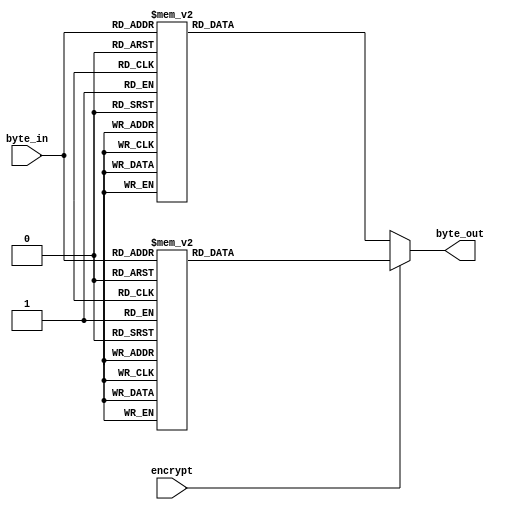
//////////////////////////////////////////////////////////////////////////////////
//
// Author:
// 
// Module Name: sbox_full_lut
// Project Name: aes_sboxes
// Description: MUX implementation of the AES S-box.
// 
// Dependencies: None.
// 
// Additional Comments: None.
// 
//////////////////////////////////////////////////////////////////////////////////

module sbox_full_lut (
        input   wire            encrypt,
        input   wire    [7:0]   byte_in,
        output  reg     [7:0]   byte_out
    );

    //----------------------------------------------------------------
    // Procedural assignments
    //----------------------------------------------------------------
    always @(byte_in) begin
        if (encrypt) begin // S-box
            case(byte_in)
                8'h00 : byte_out <=  8'h63;
                8'h01 : byte_out <=  8'h7c;
                8'h02 : byte_out <=  8'h77;
                8'h03 : byte_out <=  8'h7b;
                8'h04 : byte_out <=  8'hf2;
                8'h05 : byte_out <=  8'h6b;
                8'h06 : byte_out <=  8'h6f;
                8'h07 : byte_out <=  8'hc5;
                8'h08 : byte_out <=  8'h30;
                8'h09 : byte_out <=  8'h01;
                8'h0a : byte_out <=  8'h67;
                8'h0b : byte_out <=  8'h2b;
                8'h0c : byte_out <=  8'hfe;
                8'h0d : byte_out <=  8'hd7;
                8'h0e : byte_out <=  8'hab;
                8'h0f : byte_out <=  8'h76;
                8'h10 : byte_out <=  8'hca;
                8'h11 : byte_out <=  8'h82;
                8'h12 : byte_out <=  8'hc9;
                8'h13 : byte_out <=  8'h7d;
                8'h14 : byte_out <=  8'hfa;
                8'h15 : byte_out <=  8'h59;
                8'h16 : byte_out <=  8'h47;
                8'h17 : byte_out <=  8'hf0;
                8'h18 : byte_out <=  8'had;
                8'h19 : byte_out <=  8'hd4;
                8'h1a : byte_out <=  8'ha2;
                8'h1b : byte_out <=  8'haf;
                8'h1c : byte_out <=  8'h9c;
                8'h1d : byte_out <=  8'ha4;
                8'h1e : byte_out <=  8'h72;
                8'h1f : byte_out <=  8'hc0;
                8'h20 : byte_out <=  8'hb7;
                8'h21 : byte_out <=  8'hfd;
                8'h22 : byte_out <=  8'h93;
                8'h23 : byte_out <=  8'h26;
                8'h24 : byte_out <=  8'h36;
                8'h25 : byte_out <=  8'h3f;
                8'h26 : byte_out <=  8'hf7;
                8'h27 : byte_out <=  8'hcc;
                8'h28 : byte_out <=  8'h34;
                8'h29 : byte_out <=  8'ha5;
                8'h2a : byte_out <=  8'he5;
                8'h2b : byte_out <=  8'hf1;
                8'h2c : byte_out <=  8'h71;
                8'h2d : byte_out <=  8'hd8;
                8'h2e : byte_out <=  8'h31;
                8'h2f : byte_out <=  8'h15;
                8'h30 : byte_out <=  8'h04;
                8'h31 : byte_out <=  8'hc7;
                8'h32 : byte_out <=  8'h23;
                8'h33 : byte_out <=  8'hc3;
                8'h34 : byte_out <=  8'h18;
                8'h35 : byte_out <=  8'h96;
                8'h36 : byte_out <=  8'h05;
                8'h37 : byte_out <=  8'h9a;
                8'h38 : byte_out <=  8'h07;
                8'h39 : byte_out <=  8'h12;
                8'h3a : byte_out <=  8'h80;
                8'h3b : byte_out <=  8'he2;
                8'h3c : byte_out <=  8'heb;
                8'h3d : byte_out <=  8'h27;
                8'h3e : byte_out <=  8'hb2;
                8'h3f : byte_out <=  8'h75;
                8'h40 : byte_out <=  8'h09;
                8'h41 : byte_out <=  8'h83;
                8'h42 : byte_out <=  8'h2c;
                8'h43 : byte_out <=  8'h1a;
                8'h44 : byte_out <=  8'h1b;
                8'h45 : byte_out <=  8'h6e;
                8'h46 : byte_out <=  8'h5a;
                8'h47 : byte_out <=  8'ha0;
                8'h48 : byte_out <=  8'h52;
                8'h49 : byte_out <=  8'h3b;
                8'h4a : byte_out <=  8'hd6;
                8'h4b : byte_out <=  8'hb3;
                8'h4c : byte_out <=  8'h29;
                8'h4d : byte_out <=  8'he3;
                8'h4e : byte_out <=  8'h2f;
                8'h4f : byte_out <=  8'h84;
                8'h50 : byte_out <=  8'h53;
                8'h51 : byte_out <=  8'hd1;
                8'h52 : byte_out <=  8'h00;
                8'h53 : byte_out <=  8'hed;
                8'h54 : byte_out <=  8'h20;
                8'h55 : byte_out <=  8'hfc;
                8'h56 : byte_out <=  8'hb1;
                8'h57 : byte_out <=  8'h5b;
                8'h58 : byte_out <=  8'h6a;
                8'h59 : byte_out <=  8'hcb;
                8'h5a : byte_out <=  8'hbe;
                8'h5b : byte_out <=  8'h39;
                8'h5c : byte_out <=  8'h4a;
                8'h5d : byte_out <=  8'h4c;
                8'h5e : byte_out <=  8'h58;
                8'h5f : byte_out <=  8'hcf;
                8'h60 : byte_out <=  8'hd0;
                8'h61 : byte_out <=  8'hef;
                8'h62 : byte_out <=  8'haa;
                8'h63 : byte_out <=  8'hfb;
                8'h64 : byte_out <=  8'h43;
                8'h65 : byte_out <=  8'h4d;
                8'h66 : byte_out <=  8'h33;
                8'h67 : byte_out <=  8'h85;
                8'h68 : byte_out <=  8'h45;
                8'h69 : byte_out <=  8'hf9;
                8'h6a : byte_out <=  8'h02;
                8'h6b : byte_out <=  8'h7f;
                8'h6c : byte_out <=  8'h50;
                8'h6d : byte_out <=  8'h3c;
                8'h6e : byte_out <=  8'h9f;
                8'h6f : byte_out <=  8'ha8;
                8'h70 : byte_out <=  8'h51;
                8'h71 : byte_out <=  8'ha3;
                8'h72 : byte_out <=  8'h40;
                8'h73 : byte_out <=  8'h8f;
                8'h74 : byte_out <=  8'h92;
                8'h75 : byte_out <=  8'h9d;
                8'h76 : byte_out <=  8'h38;
                8'h77 : byte_out <=  8'hf5;
                8'h78 : byte_out <=  8'hbc;
                8'h79 : byte_out <=  8'hb6;
                8'h7a : byte_out <=  8'hda;
                8'h7b : byte_out <=  8'h21;
                8'h7c : byte_out <=  8'h10;
                8'h7d : byte_out <=  8'hff;
                8'h7e : byte_out <=  8'hf3;
                8'h7f : byte_out <=  8'hd2;
                8'h80 : byte_out <=  8'hcd;
                8'h81 : byte_out <=  8'h0c;
                8'h82 : byte_out <=  8'h13;
                8'h83 : byte_out <=  8'hec;
                8'h84 : byte_out <=  8'h5f;
                8'h85 : byte_out <=  8'h97;
                8'h86 : byte_out <=  8'h44;
                8'h87 : byte_out <=  8'h17;
                8'h88 : byte_out <=  8'hc4;
                8'h89 : byte_out <=  8'ha7;
                8'h8a : byte_out <=  8'h7e;
                8'h8b : byte_out <=  8'h3d;
                8'h8c : byte_out <=  8'h64;
                8'h8d : byte_out <=  8'h5d;
                8'h8e : byte_out <=  8'h19;
                8'h8f : byte_out <=  8'h73;
                8'h90 : byte_out <=  8'h60;
                8'h91 : byte_out <=  8'h81;
                8'h92 : byte_out <=  8'h4f;
                8'h93 : byte_out <=  8'hdc;
                8'h94 : byte_out <=  8'h22;
                8'h95 : byte_out <=  8'h2a;
                8'h96 : byte_out <=  8'h90;
                8'h97 : byte_out <=  8'h88;
                8'h98 : byte_out <=  8'h46;
                8'h99 : byte_out <=  8'hee;
                8'h9a : byte_out <=  8'hb8;
                8'h9b : byte_out <=  8'h14;
                8'h9c : byte_out <=  8'hde;
                8'h9d : byte_out <=  8'h5e;
                8'h9e : byte_out <=  8'h0b;
                8'h9f : byte_out <=  8'hdb;
                8'ha0 : byte_out <=  8'he0;
                8'ha1 : byte_out <=  8'h32;
                8'ha2 : byte_out <=  8'h3a;
                8'ha3 : byte_out <=  8'h0a;
                8'ha4 : byte_out <=  8'h49;
                8'ha5 : byte_out <=  8'h06;
                8'ha6 : byte_out <=  8'h24;
                8'ha7 : byte_out <=  8'h5c;
                8'ha8 : byte_out <=  8'hc2;
                8'ha9 : byte_out <=  8'hd3;
                8'haa : byte_out <=  8'hac;
                8'hab : byte_out <=  8'h62;
                8'hac : byte_out <=  8'h91;
                8'had : byte_out <=  8'h95;
                8'hae : byte_out <=  8'he4;
                8'haf : byte_out <=  8'h79;
                8'hb0 : byte_out <=  8'he7;
                8'hb1 : byte_out <=  8'hc8;
                8'hb2 : byte_out <=  8'h37;
                8'hb3 : byte_out <=  8'h6d;
                8'hb4 : byte_out <=  8'h8d;
                8'hb5 : byte_out <=  8'hd5;
                8'hb6 : byte_out <=  8'h4e;
                8'hb7 : byte_out <=  8'ha9;
                8'hb8 : byte_out <=  8'h6c;
                8'hb9 : byte_out <=  8'h56;
                8'hba : byte_out <=  8'hf4;
                8'hbb : byte_out <=  8'hea;
                8'hbc : byte_out <=  8'h65;
                8'hbd : byte_out <=  8'h7a;
                8'hbe : byte_out <=  8'hae;
                8'hbf : byte_out <=  8'h08;
                8'hc0 : byte_out <=  8'hba;
                8'hc1 : byte_out <=  8'h78;
                8'hc2 : byte_out <=  8'h25;
                8'hc3 : byte_out <=  8'h2e;
                8'hc4 : byte_out <=  8'h1c;
                8'hc5 : byte_out <=  8'ha6;
                8'hc6 : byte_out <=  8'hb4;
                8'hc7 : byte_out <=  8'hc6;
                8'hc8 : byte_out <=  8'he8;
                8'hc9 : byte_out <=  8'hdd;
                8'hca : byte_out <=  8'h74;
                8'hcb : byte_out <=  8'h1f;
                8'hcc : byte_out <=  8'h4b;
                8'hcd : byte_out <=  8'hbd;
                8'hce : byte_out <=  8'h8b;
                8'hcf : byte_out <=  8'h8a;
                8'hd0 : byte_out <=  8'h70;
                8'hd1 : byte_out <=  8'h3e;
                8'hd2 : byte_out <=  8'hb5;
                8'hd3 : byte_out <=  8'h66;
                8'hd4 : byte_out <=  8'h48;
                8'hd5 : byte_out <=  8'h03;
                8'hd6 : byte_out <=  8'hf6;
                8'hd7 : byte_out <=  8'h0e;
                8'hd8 : byte_out <=  8'h61;
                8'hd9 : byte_out <=  8'h35;
                8'hda : byte_out <=  8'h57;
                8'hdb : byte_out <=  8'hb9;
                8'hdc : byte_out <=  8'h86;
                8'hdd : byte_out <=  8'hc1;
                8'hde : byte_out <=  8'h1d;
                8'hdf : byte_out <=  8'h9e;
                8'he0 : byte_out <=  8'he1;
                8'he1 : byte_out <=  8'hf8;
                8'he2 : byte_out <=  8'h98;
                8'he3 : byte_out <=  8'h11;
                8'he4 : byte_out <=  8'h69;
                8'he5 : byte_out <=  8'hd9;
                8'he6 : byte_out <=  8'h8e;
                8'he7 : byte_out <=  8'h94;
                8'he8 : byte_out <=  8'h9b;
                8'he9 : byte_out <=  8'h1e;
                8'hea : byte_out <=  8'h87;
                8'heb : byte_out <=  8'he9;
                8'hec : byte_out <=  8'hce;
                8'hed : byte_out <=  8'h55;
                8'hee : byte_out <=  8'h28;
                8'hef : byte_out <=  8'hdf;
                8'hf0 : byte_out <=  8'h8c;
                8'hf1 : byte_out <=  8'ha1;
                8'hf2 : byte_out <=  8'h89;
                8'hf3 : byte_out <=  8'h0d;
                8'hf4 : byte_out <=  8'hbf;
                8'hf5 : byte_out <=  8'he6;
                8'hf6 : byte_out <=  8'h42;
                8'hf7 : byte_out <=  8'h68;
                8'hf8 : byte_out <=  8'h41;
                8'hf9 : byte_out <=  8'h99;
                8'hfa : byte_out <=  8'h2d;
                8'hfb : byte_out <=  8'h0f;
                8'hfc : byte_out <=  8'hb0;
                8'hfd : byte_out <=  8'h54;
                8'hfe : byte_out <=  8'hbb;
                8'hff : byte_out <=  8'h16;
                default: byte_out <=  0;
            endcase
        end
        else begin
            case(byte_in) // InvS-box
                8'h00 : byte_out <=  8'h52;
                8'h01 : byte_out <=  8'h09;
                8'h02 : byte_out <=  8'h6a;
                8'h03 : byte_out <=  8'hd5;
                8'h04 : byte_out <=  8'h30;
                8'h05 : byte_out <=  8'h36;
                8'h06 : byte_out <=  8'ha5;
                8'h07 : byte_out <=  8'h38;
                8'h08 : byte_out <=  8'hbf;
                8'h09 : byte_out <=  8'h40;
                8'h0a : byte_out <=  8'ha3;
                8'h0b : byte_out <=  8'h9e;
                8'h0c : byte_out <=  8'h81;
                8'h0d : byte_out <=  8'hf3;
                8'h0e : byte_out <=  8'hd7;
                8'h0f : byte_out <=  8'hfb;
                8'h10 : byte_out <=  8'h7c;
                8'h11 : byte_out <=  8'he3;
                8'h12 : byte_out <=  8'h39;
                8'h13 : byte_out <=  8'h82;
                8'h14 : byte_out <=  8'h9b;
                8'h15 : byte_out <=  8'h2f;
                8'h16 : byte_out <=  8'hff;
                8'h17 : byte_out <=  8'h87;
                8'h18 : byte_out <=  8'h34;
                8'h19 : byte_out <=  8'h8e;
                8'h1a : byte_out <=  8'h43;
                8'h1b : byte_out <=  8'h44;
                8'h1c : byte_out <=  8'hc4;
                8'h1d : byte_out <=  8'hde;
                8'h1e : byte_out <=  8'he9;
                8'h1f : byte_out <=  8'hcb;
                8'h20 : byte_out <=  8'h54;
                8'h21 : byte_out <=  8'h7b;
                8'h22 : byte_out <=  8'h94;
                8'h23 : byte_out <=  8'h32;
                8'h24 : byte_out <=  8'ha6;
                8'h25 : byte_out <=  8'hc2;
                8'h26 : byte_out <=  8'h23;
                8'h27 : byte_out <=  8'h3d;
                8'h28 : byte_out <=  8'hee;
                8'h29 : byte_out <=  8'h4c;
                8'h2a : byte_out <=  8'h95;
                8'h2b : byte_out <=  8'h0b;
                8'h2c : byte_out <=  8'h42;
                8'h2d : byte_out <=  8'hfa;
                8'h2e : byte_out <=  8'hc3;
                8'h2f : byte_out <=  8'h4e;
                8'h30 : byte_out <=  8'h08;
                8'h31 : byte_out <=  8'h2e;
                8'h32 : byte_out <=  8'ha1;
                8'h33 : byte_out <=  8'h66;
                8'h34 : byte_out <=  8'h28;
                8'h35 : byte_out <=  8'hd9;
                8'h36 : byte_out <=  8'h24;
                8'h37 : byte_out <=  8'hb2;
                8'h38 : byte_out <=  8'h76;
                8'h39 : byte_out <=  8'h5b;
                8'h3a : byte_out <=  8'ha2;
                8'h3b : byte_out <=  8'h49;
                8'h3c : byte_out <=  8'h6d;
                8'h3d : byte_out <=  8'h8b;
                8'h3e : byte_out <=  8'hd1;
                8'h3f : byte_out <=  8'h25;
                8'h40 : byte_out <=  8'h72;
                8'h41 : byte_out <=  8'hf8;
                8'h42 : byte_out <=  8'hf6;
                8'h43 : byte_out <=  8'h64;
                8'h44 : byte_out <=  8'h86;
                8'h45 : byte_out <=  8'h68;
                8'h46 : byte_out <=  8'h98;
                8'h47 : byte_out <=  8'h16;
                8'h48 : byte_out <=  8'hd4;
                8'h49 : byte_out <=  8'ha4;
                8'h4a : byte_out <=  8'h5c;
                8'h4b : byte_out <=  8'hcc;
                8'h4c : byte_out <=  8'h5d;
                8'h4d : byte_out <=  8'h65;
                8'h4e : byte_out <=  8'hb6;
                8'h4f : byte_out <=  8'h92;
                8'h50 : byte_out <=  8'h6c;
                8'h51 : byte_out <=  8'h70;
                8'h52 : byte_out <=  8'h48;
                8'h53 : byte_out <=  8'h50;
                8'h54 : byte_out <=  8'hfd;
                8'h55 : byte_out <=  8'hed;
                8'h56 : byte_out <=  8'hb9;
                8'h57 : byte_out <=  8'hda;
                8'h58 : byte_out <=  8'h5e;
                8'h59 : byte_out <=  8'h15;
                8'h5a : byte_out <=  8'h46;
                8'h5b : byte_out <=  8'h57;
                8'h5c : byte_out <=  8'ha7;
                8'h5d : byte_out <=  8'h8d;
                8'h5e : byte_out <=  8'h9d;
                8'h5f : byte_out <=  8'h84;
                8'h60 : byte_out <=  8'h90;
                8'h61 : byte_out <=  8'hd8;
                8'h62 : byte_out <=  8'hab;
                8'h63 : byte_out <=  8'h00;
                8'h64 : byte_out <=  8'h8c;
                8'h65 : byte_out <=  8'hbc;
                8'h66 : byte_out <=  8'hd3;
                8'h67 : byte_out <=  8'h0a;
                8'h68 : byte_out <=  8'hf7;
                8'h69 : byte_out <=  8'he4;
                8'h6a : byte_out <=  8'h58;
                8'h6b : byte_out <=  8'h05;
                8'h6c : byte_out <=  8'hb8;
                8'h6d : byte_out <=  8'hb3;
                8'h6e : byte_out <=  8'h45;
                8'h6f : byte_out <=  8'h06;
                8'h70 : byte_out <=  8'hd0;
                8'h71 : byte_out <=  8'h2c;
                8'h72 : byte_out <=  8'h1e;
                8'h73 : byte_out <=  8'h8f;
                8'h74 : byte_out <=  8'hca;
                8'h75 : byte_out <=  8'h3f;
                8'h76 : byte_out <=  8'h0f;
                8'h77 : byte_out <=  8'h02;
                8'h78 : byte_out <=  8'hc1;
                8'h79 : byte_out <=  8'haf;
                8'h7a : byte_out <=  8'hbd;
                8'h7b : byte_out <=  8'h03;
                8'h7c : byte_out <=  8'h01;
                8'h7d : byte_out <=  8'h13;
                8'h7e : byte_out <=  8'h8a;
                8'h7f : byte_out <=  8'h6b;
                8'h80 : byte_out <=  8'h3a;
                8'h81 : byte_out <=  8'h91;
                8'h82 : byte_out <=  8'h11;
                8'h83 : byte_out <=  8'h41;
                8'h84 : byte_out <=  8'h4f;
                8'h85 : byte_out <=  8'h67;
                8'h86 : byte_out <=  8'hdc;
                8'h87 : byte_out <=  8'hea;
                8'h88 : byte_out <=  8'h97;
                8'h89 : byte_out <=  8'hf2;
                8'h8a : byte_out <=  8'hcf;
                8'h8b : byte_out <=  8'hce;
                8'h8c : byte_out <=  8'hf0;
                8'h8d : byte_out <=  8'hb4;
                8'h8e : byte_out <=  8'he6;
                8'h8f : byte_out <=  8'h73;
                8'h90 : byte_out <=  8'h96;
                8'h91 : byte_out <=  8'hac;
                8'h92 : byte_out <=  8'h74;
                8'h93 : byte_out <=  8'h22;
                8'h94 : byte_out <=  8'he7;
                8'h95 : byte_out <=  8'had;
                8'h96 : byte_out <=  8'h35;
                8'h97 : byte_out <=  8'h85;
                8'h98 : byte_out <=  8'he2;
                8'h99 : byte_out <=  8'hf9;
                8'h9a : byte_out <=  8'h37;
                8'h9b : byte_out <=  8'he8;
                8'h9c : byte_out <=  8'h1c;
                8'h9d : byte_out <=  8'h75;
                8'h9e : byte_out <=  8'hdf;
                8'h9f : byte_out <=  8'h6e;
                8'ha0 : byte_out <=  8'h47;
                8'ha1 : byte_out <=  8'hf1;
                8'ha2 : byte_out <=  8'h1a;
                8'ha3 : byte_out <=  8'h71;
                8'ha4 : byte_out <=  8'h1d;
                8'ha5 : byte_out <=  8'h29;
                8'ha6 : byte_out <=  8'hc5;
                8'ha7 : byte_out <=  8'h89;
                8'ha8 : byte_out <=  8'h6f;
                8'ha9 : byte_out <=  8'hb7;
                8'haa : byte_out <=  8'h62;
                8'hab : byte_out <=  8'h0e;
                8'hac : byte_out <=  8'haa;
                8'had : byte_out <=  8'h18;
                8'hae : byte_out <=  8'hbe;
                8'haf : byte_out <=  8'h1b;
                8'hb0 : byte_out <=  8'hfc;
                8'hb1 : byte_out <=  8'h56;
                8'hb2 : byte_out <=  8'h3e;
                8'hb3 : byte_out <=  8'h4b;
                8'hb4 : byte_out <=  8'hc6;
                8'hb5 : byte_out <=  8'hd2;
                8'hb6 : byte_out <=  8'h79;
                8'hb7 : byte_out <=  8'h20;
                8'hb8 : byte_out <=  8'h9a;
                8'hb9 : byte_out <=  8'hdb;
                8'hba : byte_out <=  8'hc0;
                8'hbb : byte_out <=  8'hfe;
                8'hbc : byte_out <=  8'h78;
                8'hbd : byte_out <=  8'hcd;
                8'hbe : byte_out <=  8'h5a;
                8'hbf : byte_out <=  8'hf4;
                8'hc0 : byte_out <=  8'h1f;
                8'hc1 : byte_out <=  8'hdd;
                8'hc2 : byte_out <=  8'ha8;
                8'hc3 : byte_out <=  8'h33;
                8'hc4 : byte_out <=  8'h88;
                8'hc5 : byte_out <=  8'h07;
                8'hc6 : byte_out <=  8'hc7;
                8'hc7 : byte_out <=  8'h31;
                8'hc8 : byte_out <=  8'hb1;
                8'hc9 : byte_out <=  8'h12;
                8'hca : byte_out <=  8'h10;
                8'hcb : byte_out <=  8'h59;
                8'hcc : byte_out <=  8'h27;
                8'hcd : byte_out <=  8'h80;
                8'hce : byte_out <=  8'hec;
                8'hcf : byte_out <=  8'h5f;
                8'hd0 : byte_out <=  8'h60;
                8'hd1 : byte_out <=  8'h51;
                8'hd2 : byte_out <=  8'h7f;
                8'hd3 : byte_out <=  8'ha9;
                8'hd4 : byte_out <=  8'h19;
                8'hd5 : byte_out <=  8'hb5;
                8'hd6 : byte_out <=  8'h4a;
                8'hd7 : byte_out <=  8'h0d;
                8'hd8 : byte_out <=  8'h2d;
                8'hd9 : byte_out <=  8'he5;
                8'hda : byte_out <=  8'h7a;
                8'hdb : byte_out <=  8'h9f;
                8'hdc : byte_out <=  8'h93;
                8'hdd : byte_out <=  8'hc9;
                8'hde : byte_out <=  8'h9c;
                8'hdf : byte_out <=  8'hef;
                8'he0 : byte_out <=  8'ha0;
                8'he1 : byte_out <=  8'he0;
                8'he2 : byte_out <=  8'h3b;
                8'he3 : byte_out <=  8'h4d;
                8'he4 : byte_out <=  8'hae;
                8'he5 : byte_out <=  8'h2a;
                8'he6 : byte_out <=  8'hf5;
                8'he7 : byte_out <=  8'hb0;
                8'he8 : byte_out <=  8'hc8;
                8'he9 : byte_out <=  8'heb;
                8'hea : byte_out <=  8'hbb;
                8'heb : byte_out <=  8'h3c;
                8'hec : byte_out <=  8'h83;
                8'hed : byte_out <=  8'h53;
                8'hee : byte_out <=  8'h99;
                8'hef : byte_out <=  8'h61;
                8'hf0 : byte_out <=  8'h17;
                8'hf1 : byte_out <=  8'h2b;
                8'hf2 : byte_out <=  8'h04;
                8'hf3 : byte_out <=  8'h7e;
                8'hf4 : byte_out <=  8'hba;
                8'hf5 : byte_out <=  8'h77;
                8'hf6 : byte_out <=  8'hd6;
                8'hf7 : byte_out <=  8'h26;
                8'hf8 : byte_out <=  8'he1;
                8'hf9 : byte_out <=  8'h69;
                8'hfa : byte_out <=  8'h14;
                8'hfb : byte_out <=  8'h63;
                8'hfc : byte_out <=  8'h55;
                8'hfd : byte_out <=  8'h21;
                8'hfe : byte_out <=  8'h0c;
                8'hff : byte_out <=  8'h7d;
                default: byte_out <= 0;
            endcase
        end
    end

endmodule // sbox_case_lut